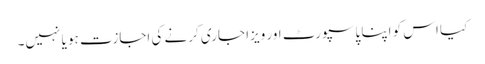
کیا اس کو اپنا پاسپورٹ اور ویزا جاری کرنے کی اجازت ہو یا نہیں۔